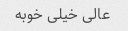
عالی خیلی خوبه